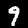
Label: 9